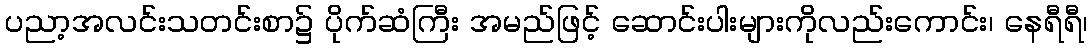
ပညာ့အလင်းသတင်းစာ၌ ပိုက်ဆံကြီး အမည်ဖြင့် ဆောင်းပါးများကိုလည်းကောင်း၊ နေရီရီ၊